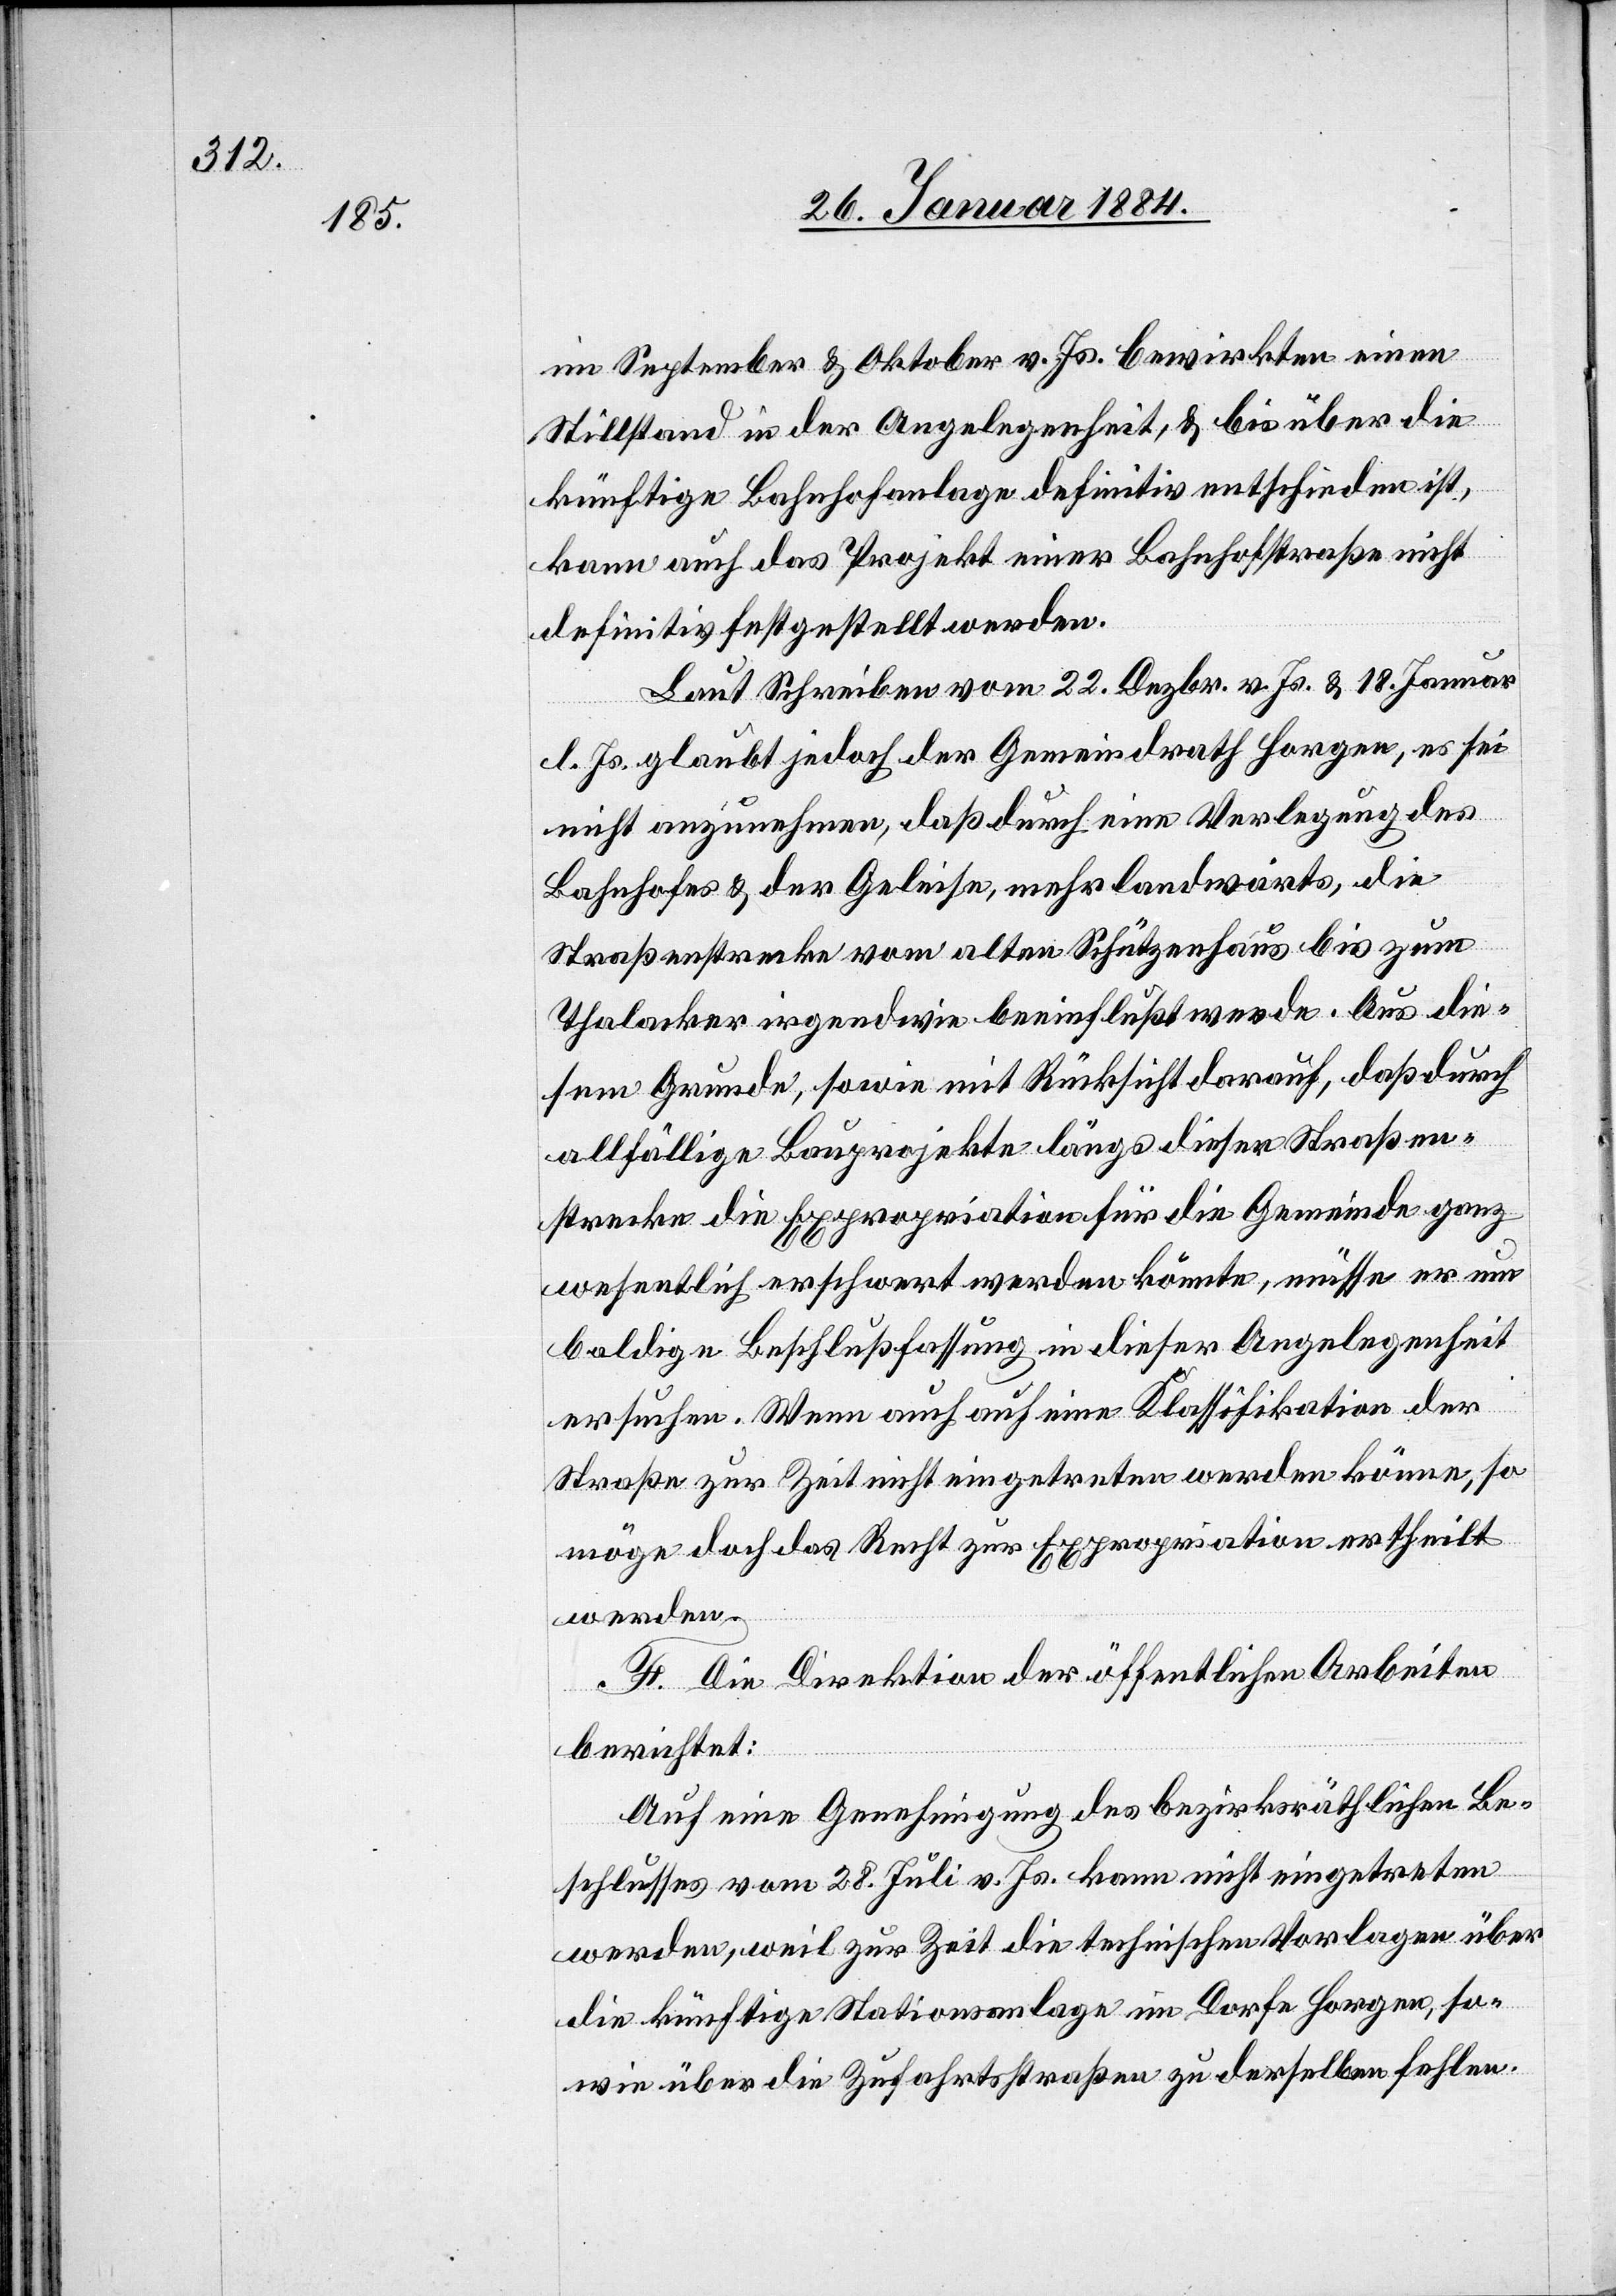
im September & Oktober v. Js. bewirkte einen
Stillstand in der Angelegenheit, & bis über die
künftige Bahnhofanlage definitiv entschieden ist,
kann auch das Projekt einer Bahnhofstraße nicht
definitiv festgestellt werden.
Laut Schreiben vom 22. Dezbr. v. Js. & 18. Januar
l. Js. glaubt jedoch der Gemeindrath Horgen, es sei
nicht anzunehmen, daß durch eine Verlegung des
Bahnhofes & der Geleise, mehr landwärts, die
Straßenstrecke vom alten Schützenhaus bis zum
Thalacker irgendwie beeinflußt werde. Aus die¬
sem Grunde, sowie mit Rücksicht darauf, daß durch
allfällige Bauprojekte längs dieser Straßen¬
strecke die Expropriation für die Gemeinde ganz
wesentlich erschwert werden könnte, müsse er um
baldige Beschlußfassung in dieser Angelegenheit
ersuchen. Wenn auch auf eine Klassifikation der
Straße zur Zeit nicht eingetreten werden könne, so
möge doch das Recht zur Expropriation ertheilt
werden.
H. Die Direktion der öffentlichen Arbeiten
berichtet:
Auf eine Genehmigung des bezirksräthlichen Be¬
schlusses vom 28. Juli v. Js. kann nicht eingetreten
werden, weil zur Zeit die technische Vorlage über
die künftige Stationsanlage im Dorfe Horgen, so¬
wie über die Zufahrtsstraße zu derselben fehle.